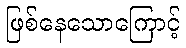
ဖြစ်နေသောကြောင့်